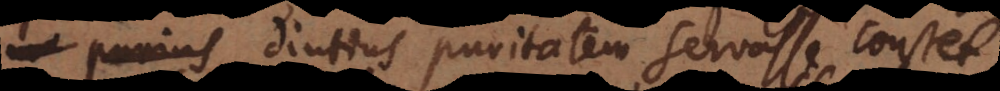
purius diutius puritatem servasse constet;